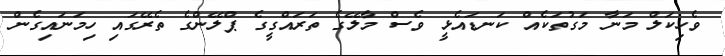
ވެހިކަލް މަނާ މަގުތަކެއް ކަނޑައެޅީ ވެސް މާލޭގެ ތަރައްގީގެ ޕްލޭންގެ ތެރޭގައި ހިމަނައިގެން